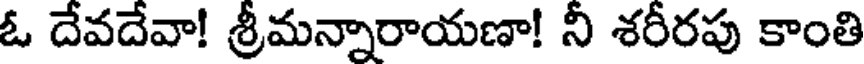
ఓ దేవదేవా! శ్రీమన్నారాయణా! నీ శరీరపు కాంతి